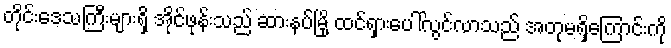
တိုင်းဒေသကြီးများရှိ အိုင်ဖုန်းသည် ဆားနပ်မြို့ ထင်ရှားပေါ်လွင်လာသည် အတုမရှိကြောင်းကို